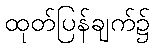
ထုတ်ပြန်ချက်၌